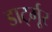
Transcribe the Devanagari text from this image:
डार्ट्मूर